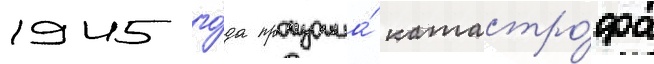
1945 го́да произошла́ катастро́фа